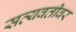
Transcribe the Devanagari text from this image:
सत्यवतीवर